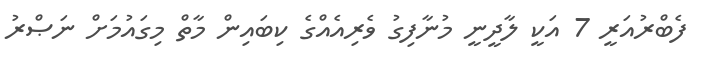
ފެބްރުއަރީ 7 އަކީ ލާދީނީ މުނާފިގު ވެރިއެއްގެ ކިބައިން މާތް މިގައުމަށް ނަޞްރު